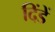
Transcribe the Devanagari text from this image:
दिंडें